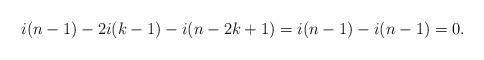
LaTeX: \begin{align*}i(n-1)-2i(k-1)-i(n-2k+1)=i(n-1)-i(n-1)=0.\end{align*}